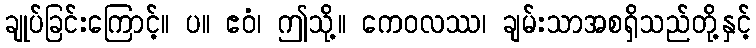
ချုပ်ခြင်းကြောင့်။ ပ။ ဧဝံ၊ ဤသို့။ ကေဝလဿ၊ ချမ်းသာအစရှိသည်တို့နှင့်